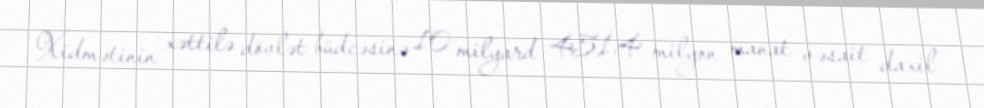
Xidmətinin xəttilə dövlət büdcəsinə 10 milyard 451,4 milyon manat vəsait daxil